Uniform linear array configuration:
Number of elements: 32
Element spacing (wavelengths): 0.75
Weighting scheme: exponential
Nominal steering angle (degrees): -15
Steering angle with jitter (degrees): -14.733
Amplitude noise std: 0.05
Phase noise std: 0.05

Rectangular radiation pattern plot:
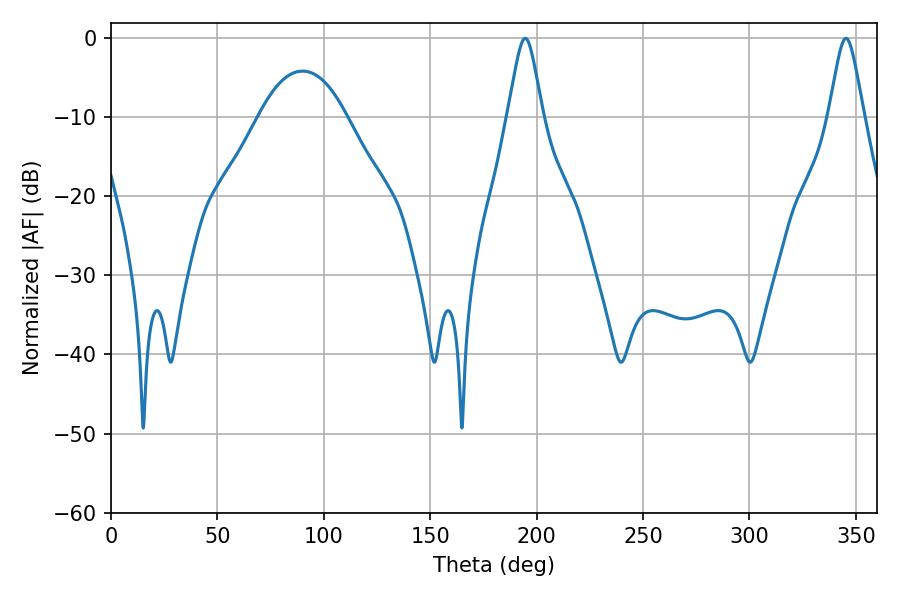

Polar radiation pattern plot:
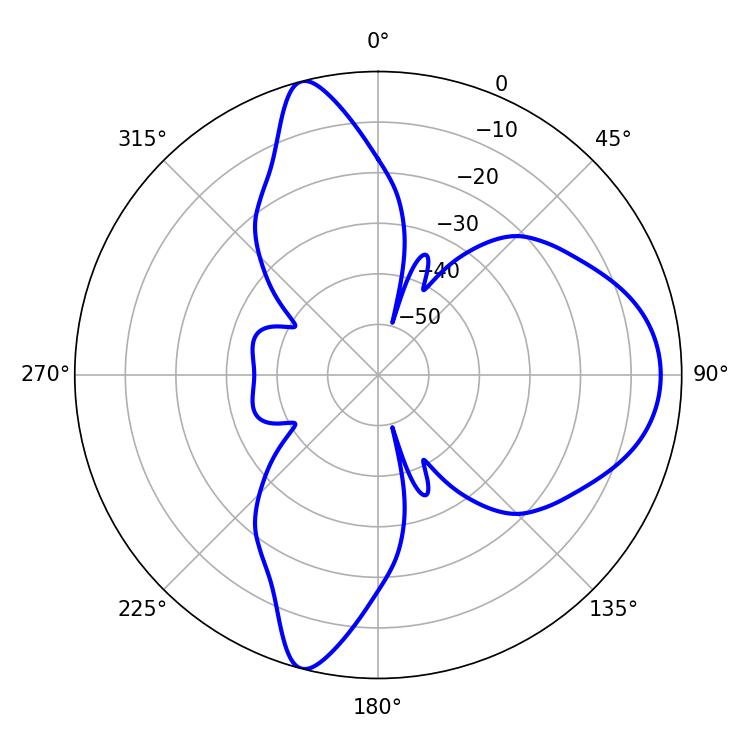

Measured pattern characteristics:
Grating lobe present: TRUE
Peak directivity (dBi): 11.799
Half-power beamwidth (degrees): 7.92
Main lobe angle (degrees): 194.58